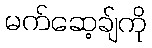
မက်ဆေ့ချ်ကို